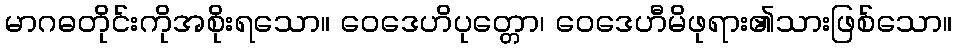
မာဂဓတိုင်းကိုအစိုးရသော။ ဝေဒေဟိပုတ္တော၊ ဝေဒေဟီမိဖုရား၏သားဖြစ်သော။